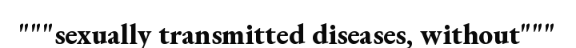
"""sexually transmitted diseases, without"""